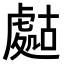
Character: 𧇡